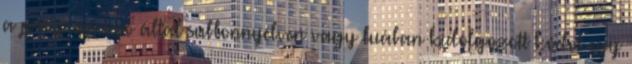
a programozó által sablonnyelven vagy luában kidolgozott kódot egy